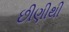
છીણીથી